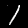
Label: 1